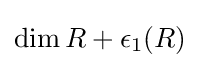
\dim R+\epsilon _{1}(R)